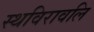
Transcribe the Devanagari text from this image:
स्थविरावलि